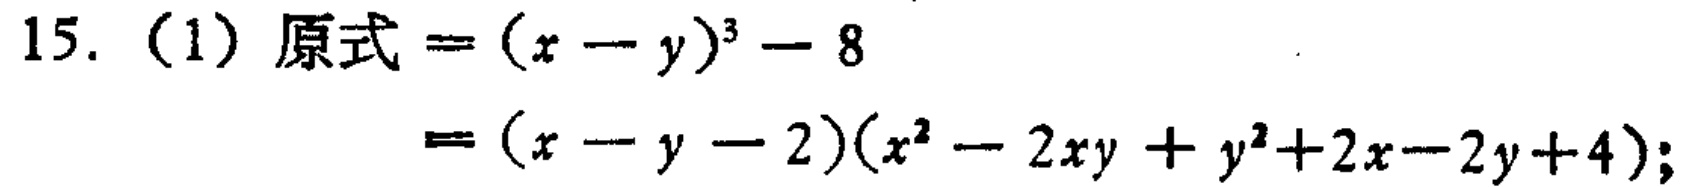
15.（1）原式\(=(x - y)^{3}-8\)

\(=(x - y - 2)(x^{2}-2xy + y^{2}+2x - 2y + 4)\);